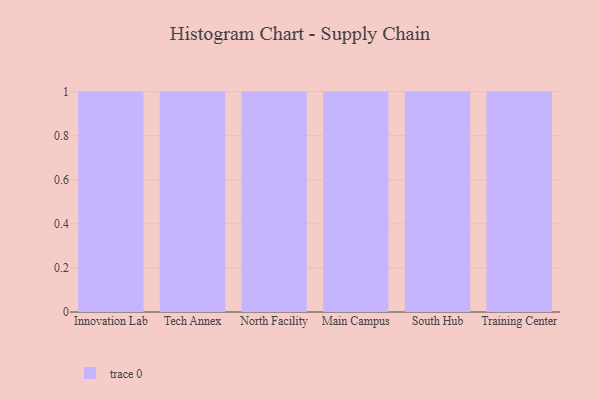
{"axis": {"x": "Campus", "y": "Page Views"}, "legend": [""], "data": [{"x": "Innovation Lab", "y": 84, "type": ""}, {"x": "Tech Annex", "y": 91, "type": ""}, {"x": "North Facility", "y": 48, "type": ""}, {"x": "Main Campus", "y": 29, "type": ""}, {"x": "South Hub", "y": 49, "type": ""}, {"x": "Training Center", "y": 44, "type": ""}]}